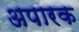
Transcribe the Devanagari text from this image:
अपारक